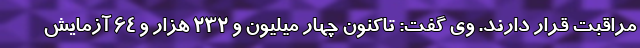
مراقبت قرار دارند. وی گفت: تاکنون چهار میلیون و ۲۳۲ هزار و ۶۴ آزمایش